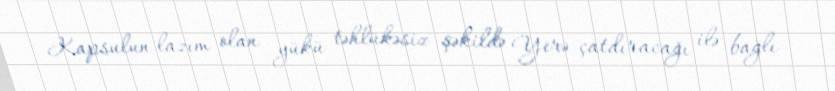
Kapsulun lazım olan yükü təhlükəsiz şəkildə Yerə çatdıracağı ilə bağlı